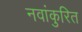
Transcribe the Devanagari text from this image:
नवांकुरित